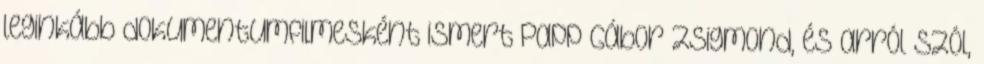
leginkább dokumentumfilmesként ismert Papp Gábor Zsigmond, és arról szól,